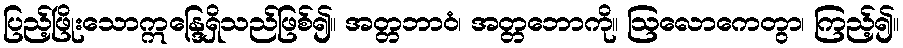
ပြည့်ဖြိုးသောဣန္ဒြေရှိသည်ဖြစ်၍။ အတ္တဘာဝံ၊ အတ္တဘောကို။ ဩလောကေတွာ၊ ကြည့်၍။